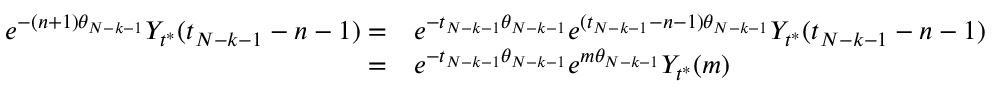
\begin{array} { r l } { e ^ { - ( n + 1 ) \theta _ { N - k - 1 } } Y _ { t ^ { * } } ( t _ { N - k - 1 } - n - 1 ) = } & { e ^ { - t _ { N - k - 1 } \theta _ { N - k - 1 } } e ^ { ( t _ { N - k - 1 } - n - 1 ) \theta _ { N - k - 1 } } Y _ { t ^ { * } } ( t _ { N - k - 1 } - n - 1 ) } \\ { = } & { e ^ { - t _ { N - k - 1 } \theta _ { N - k - 1 } } e ^ { m \theta _ { N - k - 1 } } Y _ { t ^ { * } } ( m ) } \end{array}